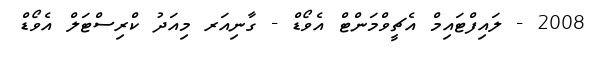
2008 - ލައިފްޓައިމް އެޗީވްމަންޓް އެވޯޑް - ގާނިއަރ މިއަދު ކްރިސްޓަލް އެވޯޑް